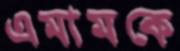
এমামকে